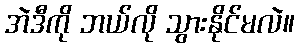
အဲဒီကို ဘယ်လို သွားနိုင်မလဲ။